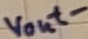
Text: vout-